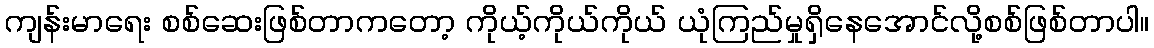
ကျန်းမာရေး စစ်ဆေးဖြစ်တာကတော့ ကိုယ့်ကိုယ်ကိုယ် ယုံကြည်မှုရှိနေအောင်လို့စစ်ဖြစ်တာပါ။